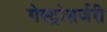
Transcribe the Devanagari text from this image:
गेस्ट्रोसर्जरी